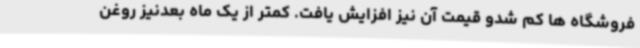
فروشگاه ها کم شدو قیمت آن نیز افزایش یافت. کمتر از یک ماه بعدنیز روغن